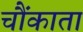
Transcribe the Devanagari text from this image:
चौंकाता